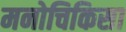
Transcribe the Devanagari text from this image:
मनोचिकिसा